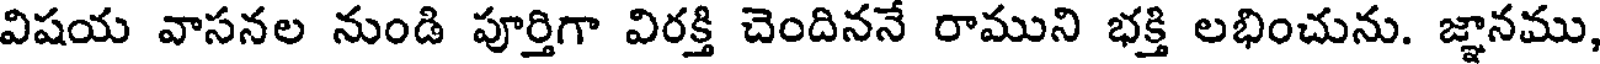
విషయ వాసనల నుండి పూర్తిగా విరక్తి చెందిననే రాముని భక్తి లభించును. జ్ఞానము,